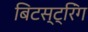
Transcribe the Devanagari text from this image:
बिटस्ट्रिंग